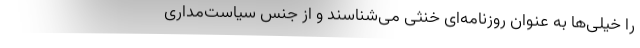
را خیلی‌ها به عنوان روزنامه‌ای خنثی می‌شناسند و از جنس سیاست‌مداریِ